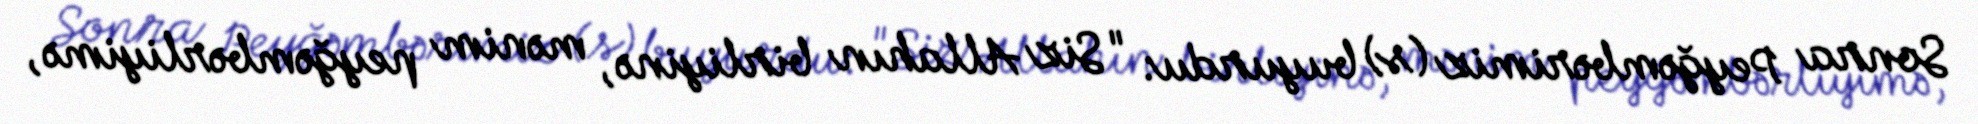
Sonra Peyğəmbərimiz (s) buyurdu: "Siz Allahın birliyinə, mənim peyğəmbərliyimə,